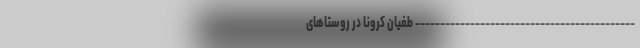
-------------------------------------------- طغیان کرونا در روستاهای